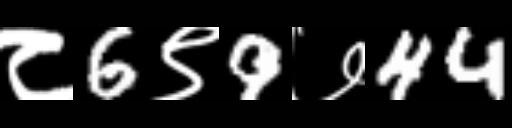
Text: ८6९9७44